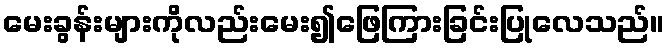
မေးခွန်းများကိုလည်းမေး၍ဖြေကြားခြင်းပြုလေသည်။